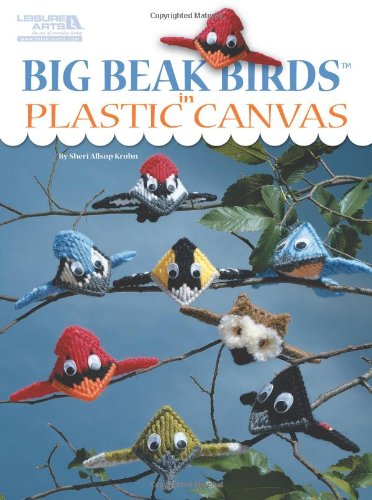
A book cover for Big Beak Birds in Plastic Canvas (Leisure Arts #5853); Sheri Allsop Krohn; Crafts, Hobbies & Home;